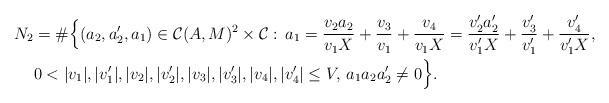
LaTeX: \begin{align*}N_2&=\#\Bigl\{(a_2,a_2',a_1)\in\mathcal{C}(A,M)^2\times\mathcal{C}:\,a_1=\frac{v_2a_2}{v_1X}+\frac{v_3}{v_1}+\frac{v_4}{v_1X}=\frac{v_2'a_2'}{v_1'X}+\frac{v_3'}{v_1'}+\frac{v_4'}{v_1'X},\\& 0<|v_1|,|v_1'|,|v_2|,|v_2'|,|v_3|,|v_3'|,|v_4|,|v_4'|\le V,\,a_1a_2a_2'\ne 0\Bigr\}.\end{align*}